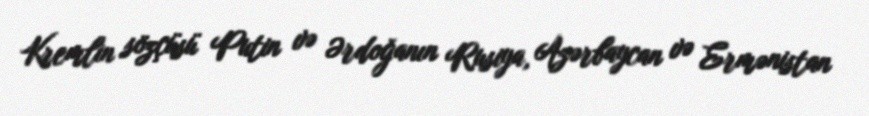
Kremlin sözçüsü Putin və Ərdoğanın Rusiya, Azərbaycan və Ermənistan